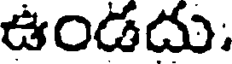
ఉండదు: